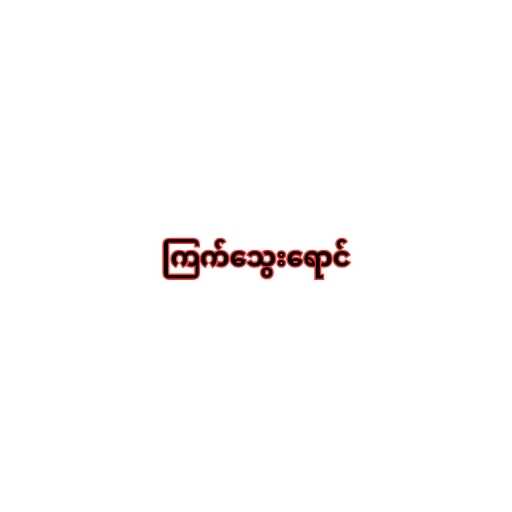
ကြက်သွေးရောင်